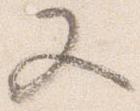
又